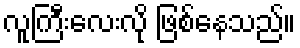
လူကြီးလေးလို ဖြစ်နေသည်။